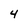
Character: 4